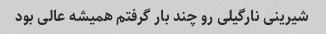
شیرینی نارگیلی رو چند بار گرفتم همیشه عالی بود